Burma Government Medical School reports 1907-22
Year: 1907
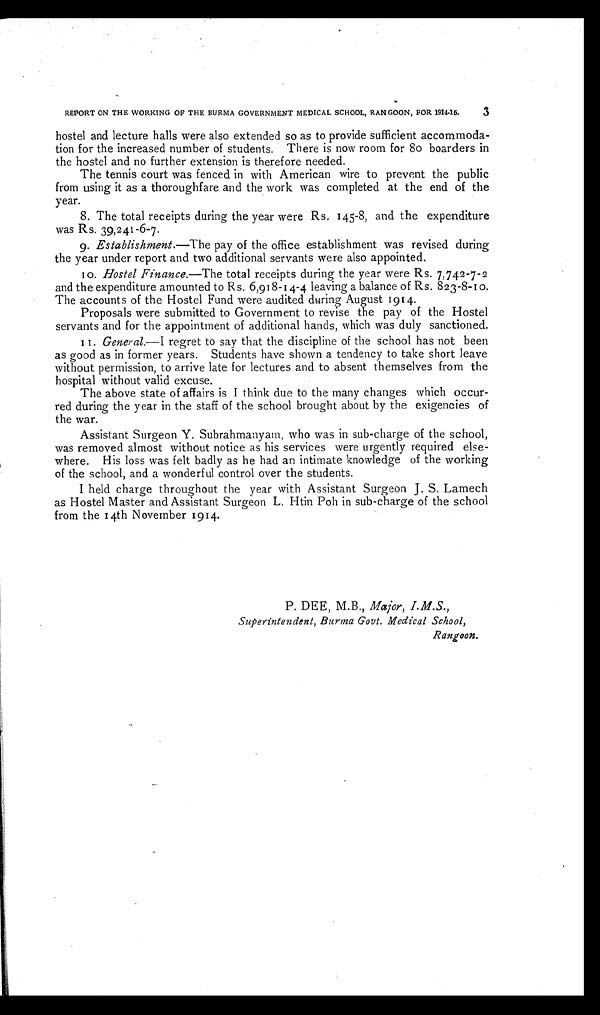
REPORT ON THE WORKING OF THE BURMA GOVERNMENT MEDICAL SCHOOL, RANGOON, FOR 1914-15.
3
hostel and lecture halls were also extended so as to provide sufficient accommoda
- t i o n f o r t h e i n c r e a s e d n u m b e r o f s t u d e n t s . T h e r e i s n o w r o o m f o r 8 o b o a r d e r s i n
the hostel and no further extension is therefore needed.
The tennis court was fenced in with American wire to prevent the public
from using it as a thoroughfare and the work was completed at the end of the
year.
8. The total receipts during the year were Rs. 145-8, and the expenditure
was Rs. 39,241-6-7.
9. Establishment.— The pay of the office establishment was revised during
the year under report and two additional servants were also appointed.
10. Hostel Finance.—The total receipts during the year were Rs. 7,742-7-2
and the expenditure amounted to Rs. 6,918-14-4 leaving a balance of Rs. 823-8-10.
The accounts of the Hostel Fund were audited during August 1914.
Proposals were submitted to Government to revise the pay of the Hostel
servants and for the appointment of additional hands, which was duly sanctioned.
11. General.— I regret to say that the discipline of the school has not been
as good as in former years. Students have shown a tendency to take short leave
without permission, to arrive late for lectures and to absent themselves from the
hospital without valid excuse.
The above state of affairs is I think due to the many changes which occur
- r e d d u r i n g t h e y e a r i n t h e s t a f f o f t h e s c h o o l b r o u g h t a b o u t b y t h e e x i g e n c i e s o f
the war.
Assistant Surgeon Y. Subrahmanyam, who was in sub-charge of the school,
was removed almost without notice as his services were urgently required else
- w h e r e . H i s l o s s w a s f e l t b a d l y a s h e h a d a n i n t i m a t e k n o w l e d g e o f t h e w o r k i n g
of the school, and a wonderful control over the students.
I held charge throughout the year with Assistant Surgeon J. S. Lamech
as Hostel Master and Assistant Surgeon L. Htin Poh in sub-charge of the school
from the 14th November 1914.
P. DEE, M.B., Major, I.M.S.,
Superintendent, Burma Govt. Medical School,
Rangoon.